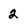
Character: 2